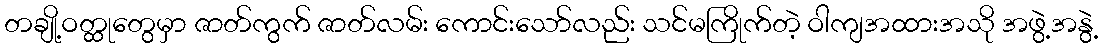
တချို့ဝတ္ထုတွေမှာ ဇာတ်ကွက် ဇာတ်လမ်း ကောင်းသော်လည်း သင်မကြိုက်တဲ့ ဝါကျအထားအသို အဖွဲ့အနွဲ့